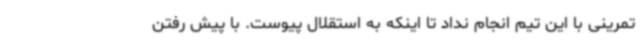
تمرینی با این تیم انجام نداد تا اینکه به استقلال پیوست. با پیش رفتن